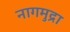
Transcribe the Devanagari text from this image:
नागमुद्रा